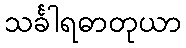
သင်္ခါရဓာတုယာ